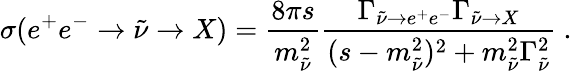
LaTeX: \sigma(e^{+}e^{-}\rightarrow\tilde{\nu}\rightarrow X)=\frac{8\pi s}{m_{\tilde{\nu}}^{2}}\frac{\Gamma_{\tilde{\nu}\rightarrow e^{+}e^{-}}\Gamma_{\tilde{\nu}\rightarrow X}}{(s-m_{\tilde{\nu}}^{2})^{2}+m_{\tilde{\nu}}^{2}\Gamma_{\tilde{\nu}}^{2}}\ .